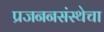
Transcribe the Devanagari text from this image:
प्रजननसंस्थेचा